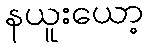
နယူးယော့